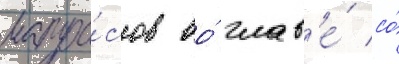
матро́сов во́ глав'е́ со́